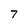
Character: 7